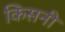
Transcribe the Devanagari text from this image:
किसनी